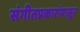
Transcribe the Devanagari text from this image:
संगीतप्रकारांपासून